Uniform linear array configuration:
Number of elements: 4
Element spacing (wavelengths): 0.5
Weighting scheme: cosine
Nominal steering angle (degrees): -30
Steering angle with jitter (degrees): -30.075
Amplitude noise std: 0.05
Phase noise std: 0.05

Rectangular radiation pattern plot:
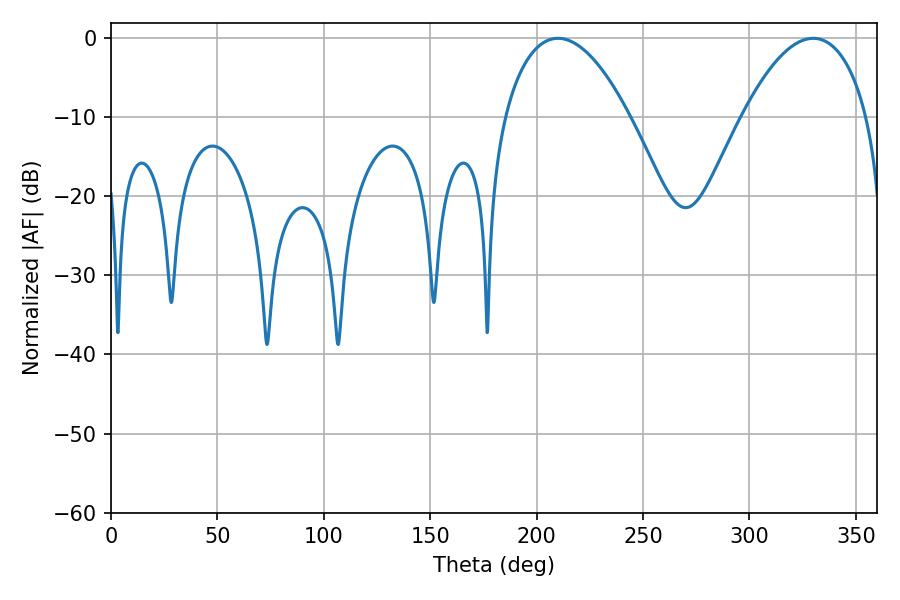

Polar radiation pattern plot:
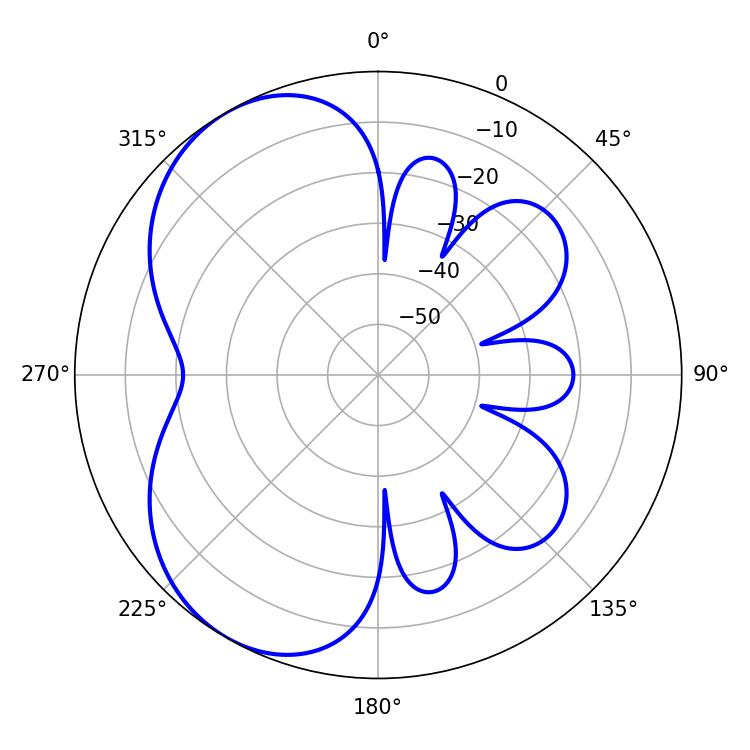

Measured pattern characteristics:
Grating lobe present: FALSE
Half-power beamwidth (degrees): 32.58
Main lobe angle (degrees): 210.06